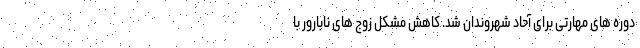
دوره های مهارتی برای آحاد شهروندان شد. کاهش مشکل زوج های نابارور با